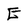
Character: E